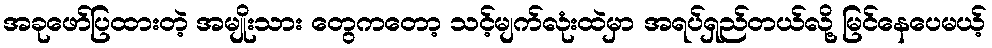
အခုဖော်ပြထားတဲ့ အမျိုးသား တွေကတော့ သင့်မျက်လုံးထဲမှာ အရပ်ရှည်တယ်လို့ မြင်နေပေမယ့်